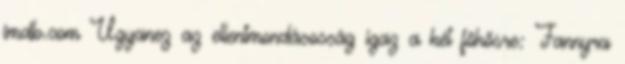
imdb.com Ugyanez az ellentmondásosság igaz a két főhősre: Fannyra